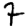
Digit: 7